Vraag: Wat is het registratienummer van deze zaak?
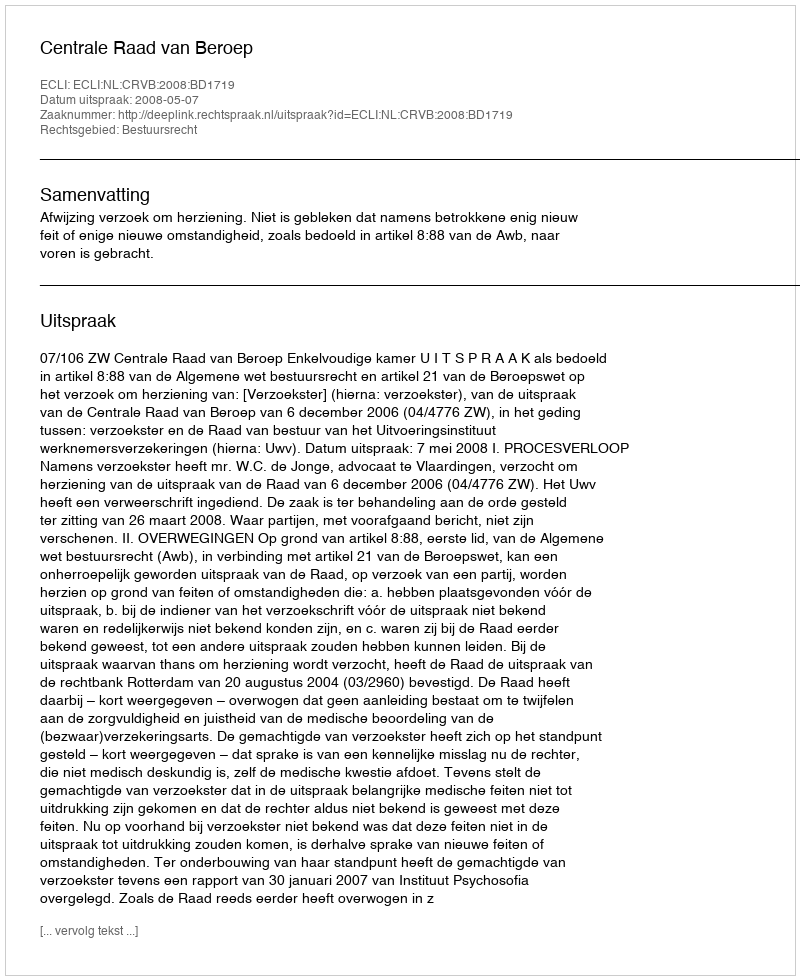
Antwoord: http://deeplink.rechtspraak.nl/uitspraak?id=ECLI:NL:CRVB:2008:BD1719